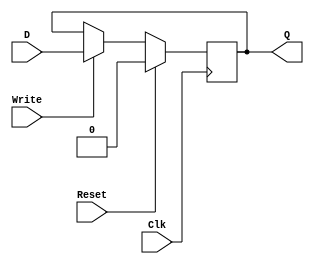
`timescale 1ns / 1ps
//////////////////////////////////////////////////////////////////////////////////
// Company: 
// Engineer: 
// 
// Design Name: 
// Module Name: DFF
// Project Name: 
// Target Devices: 
// Tool Versions: 
// Description: 
// 
// Dependencies: 
// 
// Revision:
// Revision 0.01 - File Created
// Additional Comments:
// 
//////////////////////////////////////////////////////////////////////////////////


module DFF(D,     // DFF Input
           Q,     // DFF Output
			  Write, // Only accept input when this is set
			  Reset, // Synchronous Reset
			  Clk);  // Clock

	//-------------Input Ports-----------------------------
	input D;
	input Write;
	input Reset;
	input Clk;
	//-------------Output Ports----------------------------
	output Q;
	//-------------Wires-----------------------------------
	//-------------Other-----------------------------------
	reg data;
	//------------Code Starts Here-------------------------
	assign Q= data;
	always @ (posedge Clk)
	if (Reset) begin
		data <= 1'b0;
	end  else begin
		if(Write)
			data <= D; 
	end
endmodule